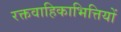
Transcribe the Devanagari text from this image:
रक्तवाहिकाभित्तियों